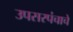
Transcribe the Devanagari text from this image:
उपसरपंचाचे